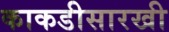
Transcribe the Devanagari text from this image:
काकडीसारखी